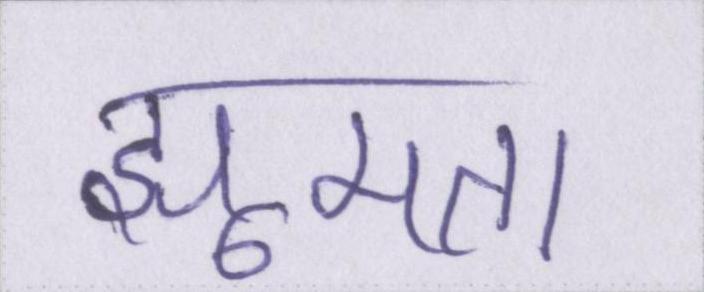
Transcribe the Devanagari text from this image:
झूमता